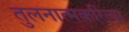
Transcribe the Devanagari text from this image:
तुलनात्मकरित्या